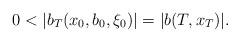
LaTeX: \begin{align*} 0 < |b_T(x_0, b_0, \xi_0) | = |b(T, x_T)|.\end{align*}